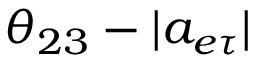
\ensuremath { \theta _ { 2 3 } } - | a _ { e \tau } |